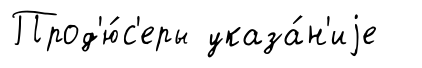
Прод'ю́с'еры указа́н'иjе